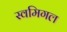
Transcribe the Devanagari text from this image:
स्वमिगल